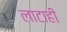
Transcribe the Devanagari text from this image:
लाटाही